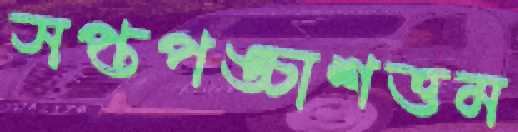
সপ্তপঙ্চাশত্তম